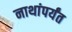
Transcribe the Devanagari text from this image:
नाथांपर्यंत